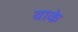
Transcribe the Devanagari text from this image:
वाके